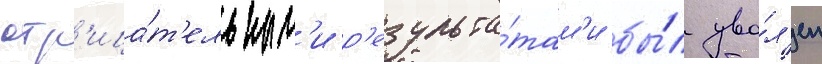
отр'ица́т'ельным'и р'езульта́там'и бы́л уво́л'ен